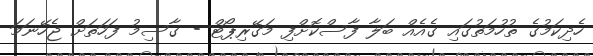
ހެދިކަމުގެ ތުހުމަތުގައި ގެއެއް ބަލާ ފާސްކޮށްފި މަގޭރިޕޯޓް - ގާސިމު ފަހަތަށް ޖެހޭނަމަ